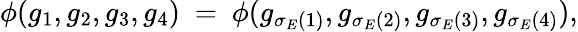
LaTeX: \phi(g_{1},g_{2},g_{3},g_{4})\ =\ \phi(g_{\sigma_{E}(1)},g_{\sigma_{E}(2)},g_{\sigma_{E}(3)},g_{\sigma_{E}(4)}),